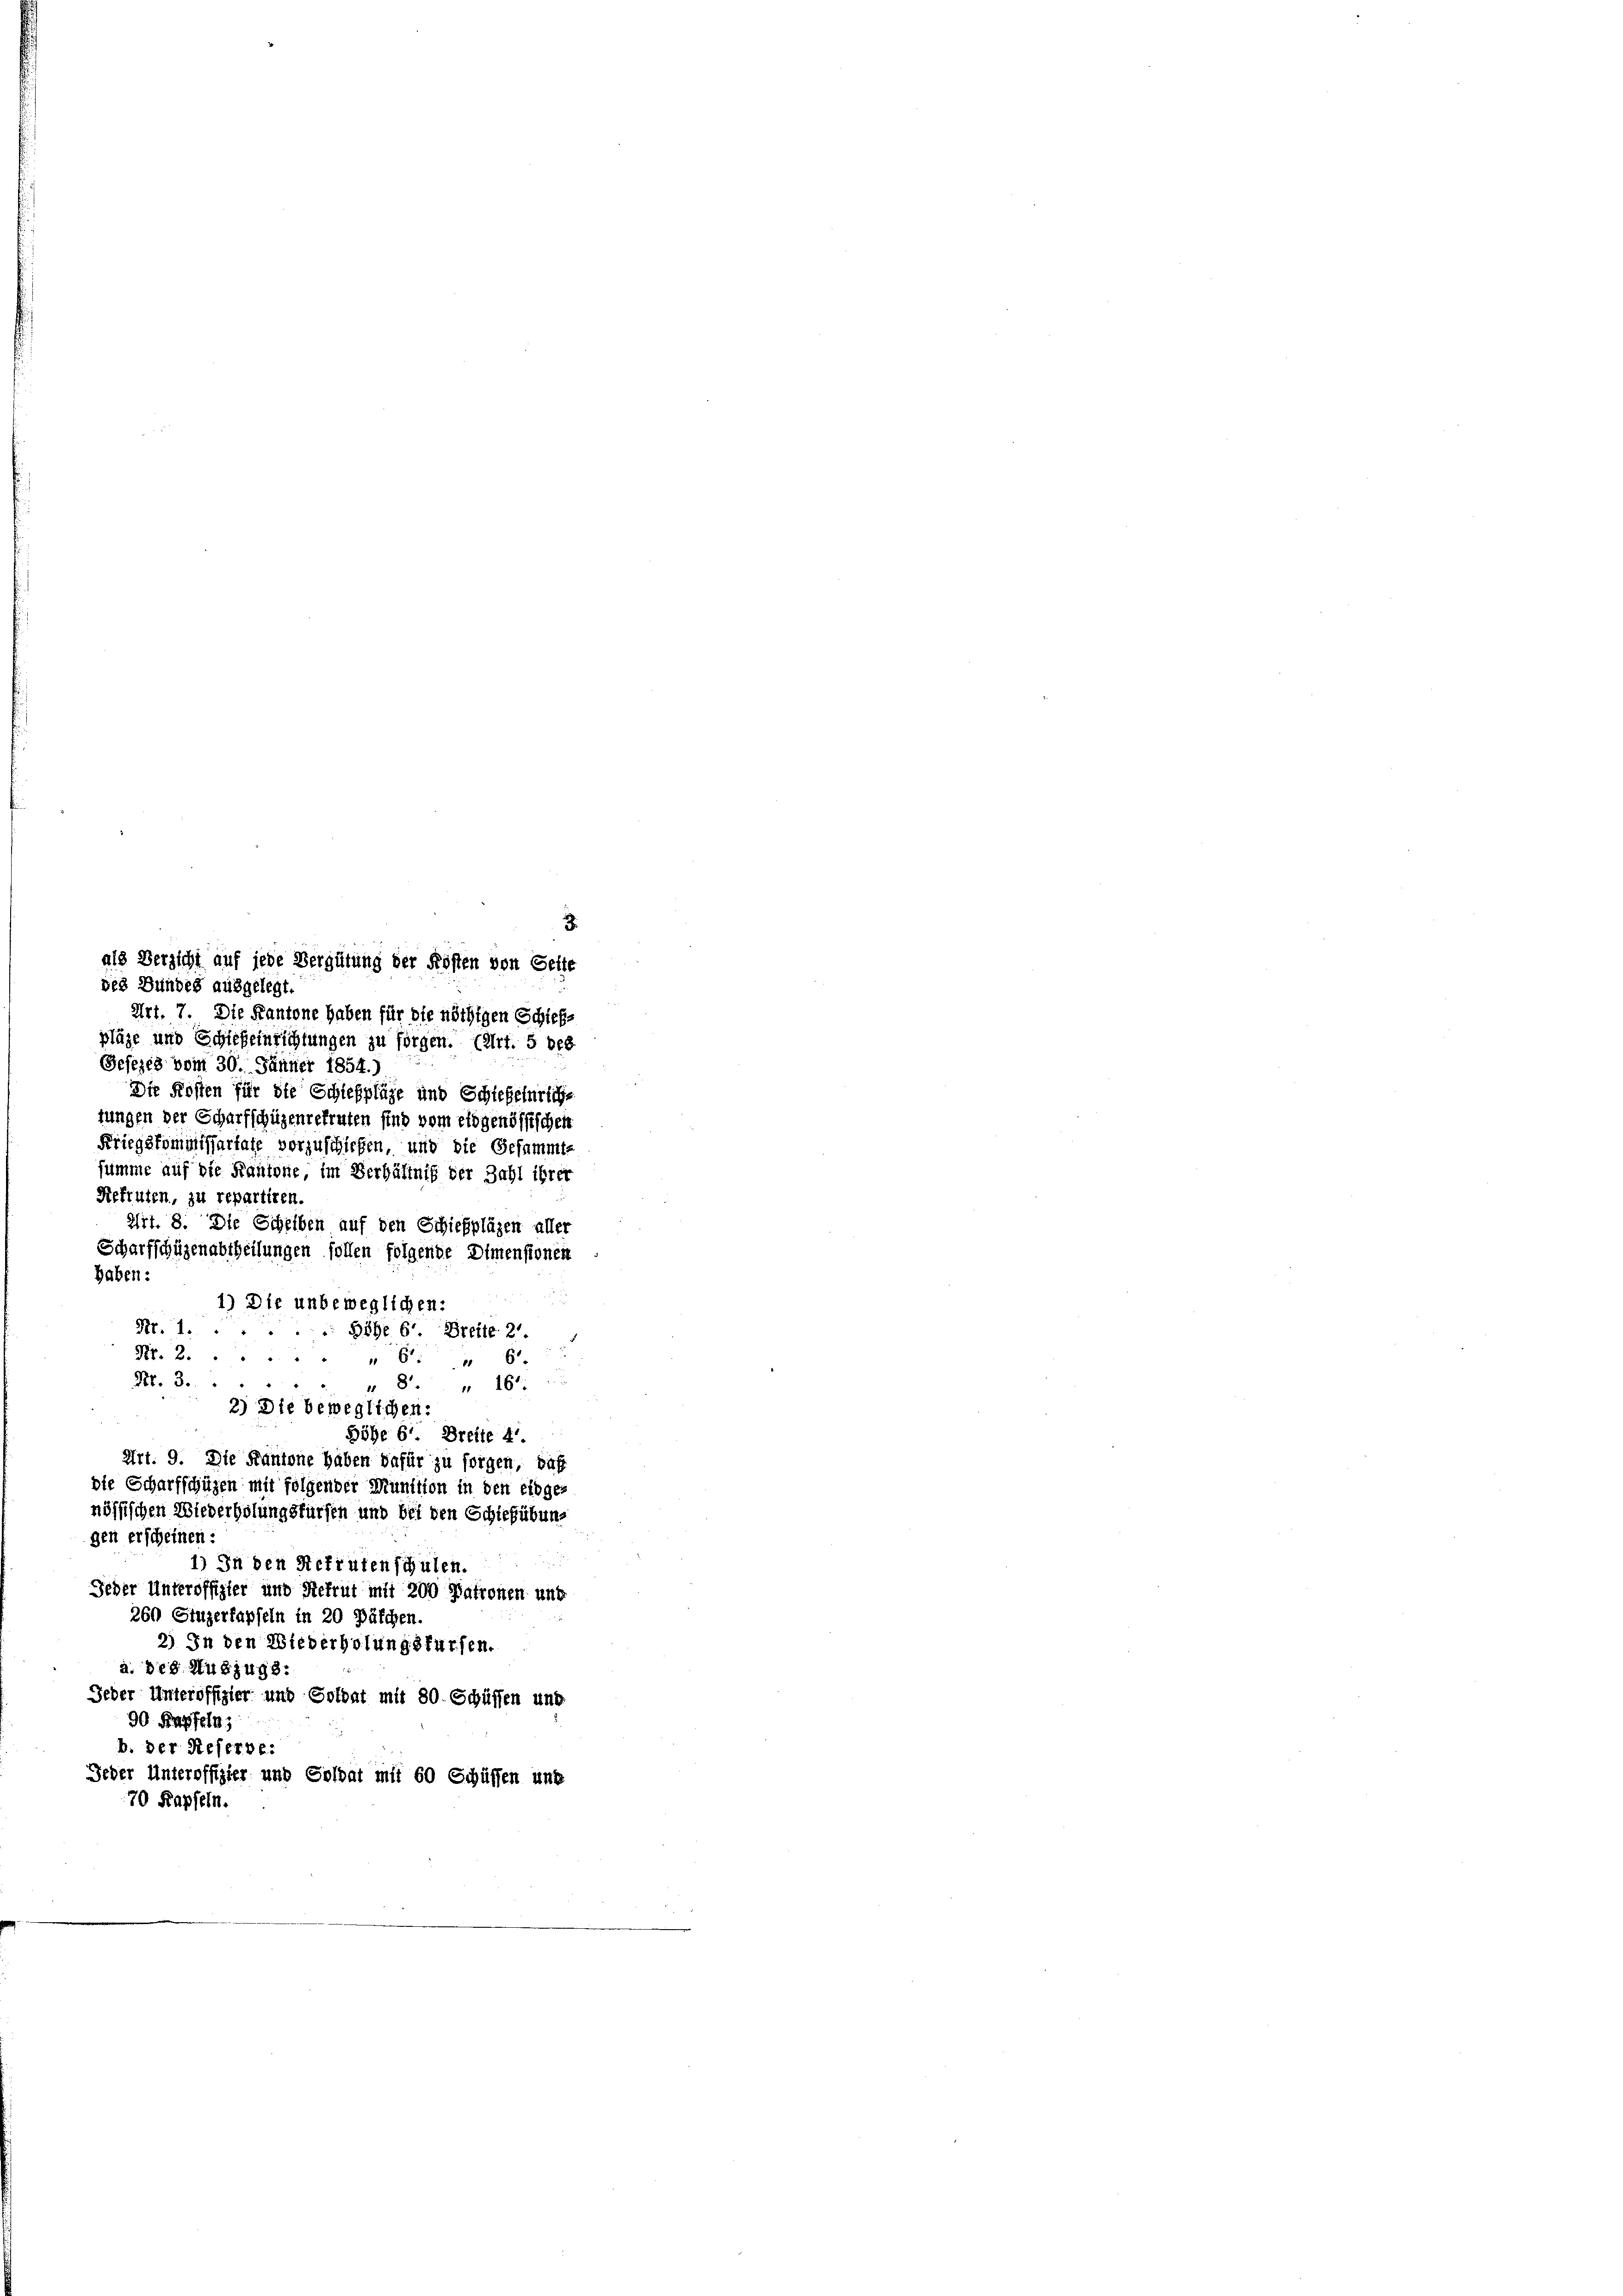
des Bundes ausgelegt.

als Verzicht auf jede Vergütung der Kosten von Gefle
Art. 7. Die Kantone haben für die nöthigen Schiefpläge und Schleeinrichtungen zu sorgen. (Art. 5 bes
Gesezes vom 30. Jänner 1854.)
Die Kosten für die Schießpläge und Schießeinriche
zungen der Scharfschüzenrekruten sind vom eidgenössischen
Kriegskommissartale vorzuschicken, und die Gesammt-
summe auf die Kantone im Verhältnis der Zahl ihrer
Reftuten, zu repartiren
Art. 8. Die Scheiben auf den Schießpläzen aller
Scharfschüzenabtheilungen sollen folgende Dimensionen
haben:
1) Die unbeweglichen:
Nr. 1....... Höhe 6. Breite 21. 1
Nr. 26: " Es
Nr. 3.
 8. 164
2) Die beweglichen:
Höhe 6. Breite 4.
Art. 9. Die Kantone haben dafür zu sorgen, daß
die Scharfschüzen mit folgender Munition in den eidges
nössischen Wiederholungsfürsch und bei den Schiefübung
gen erscheinen :

1) In den Rekruten schulen.
Jeder Unteroffizier und Rekrut mit 200 Patronen und
260 Stuzerlapfeln in 20 Jäfchen,
2) In den Wiederholungsfürsen.
a. des Auszugs:
Jeder Unteroffizier und Soldat mit 80. Schüssen und
90 Kapfeln,
b. der Reserve:
Jeder Unteroffizier und Soldat mit 60 Schüffen und
70 Kapfeln.

3.